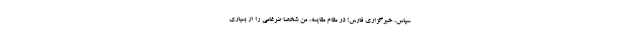
سپاس، خبرگزاری فارس! در مقام مقایسه، من شخصاً ضرغامی را از بسیاری